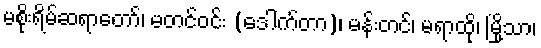
မစိုးရိမ်ဆရာတော်၊ မတင်ဝင်း (ဒေါက်တာ)၊ မန်းတင်၊ မရာထို၊ မြို့သာ၊